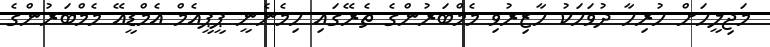
މަޖިލީހަށް ހުރިހާ ދުވަހަކު ހާޒިރުވި މެމްބަރުންގެ ތެރޭގައި ހިމެނެނީ ޕީޕީއެމް އެމްޑީއޭ މެމްބަރުންގެ